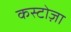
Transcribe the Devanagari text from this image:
कस्टोज़ा